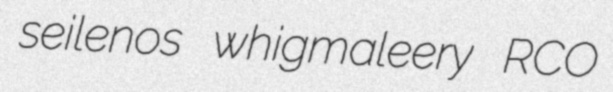
seilenos whigmaleery RCO